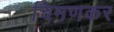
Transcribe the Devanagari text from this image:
चिमणकर